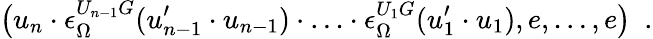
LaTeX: \bigl(u_{n}\cdot\epsilon_{\Omega}^{U_{n-1}G}(u_{n-1}^{\prime}\cdot u_{n-1})\cdot\ldots\cdot\epsilon_{\Omega}^{U_{1}G}(u_{1}^{\prime}\cdot u_{1}),e,\ldots,e\bigr)\ \ .